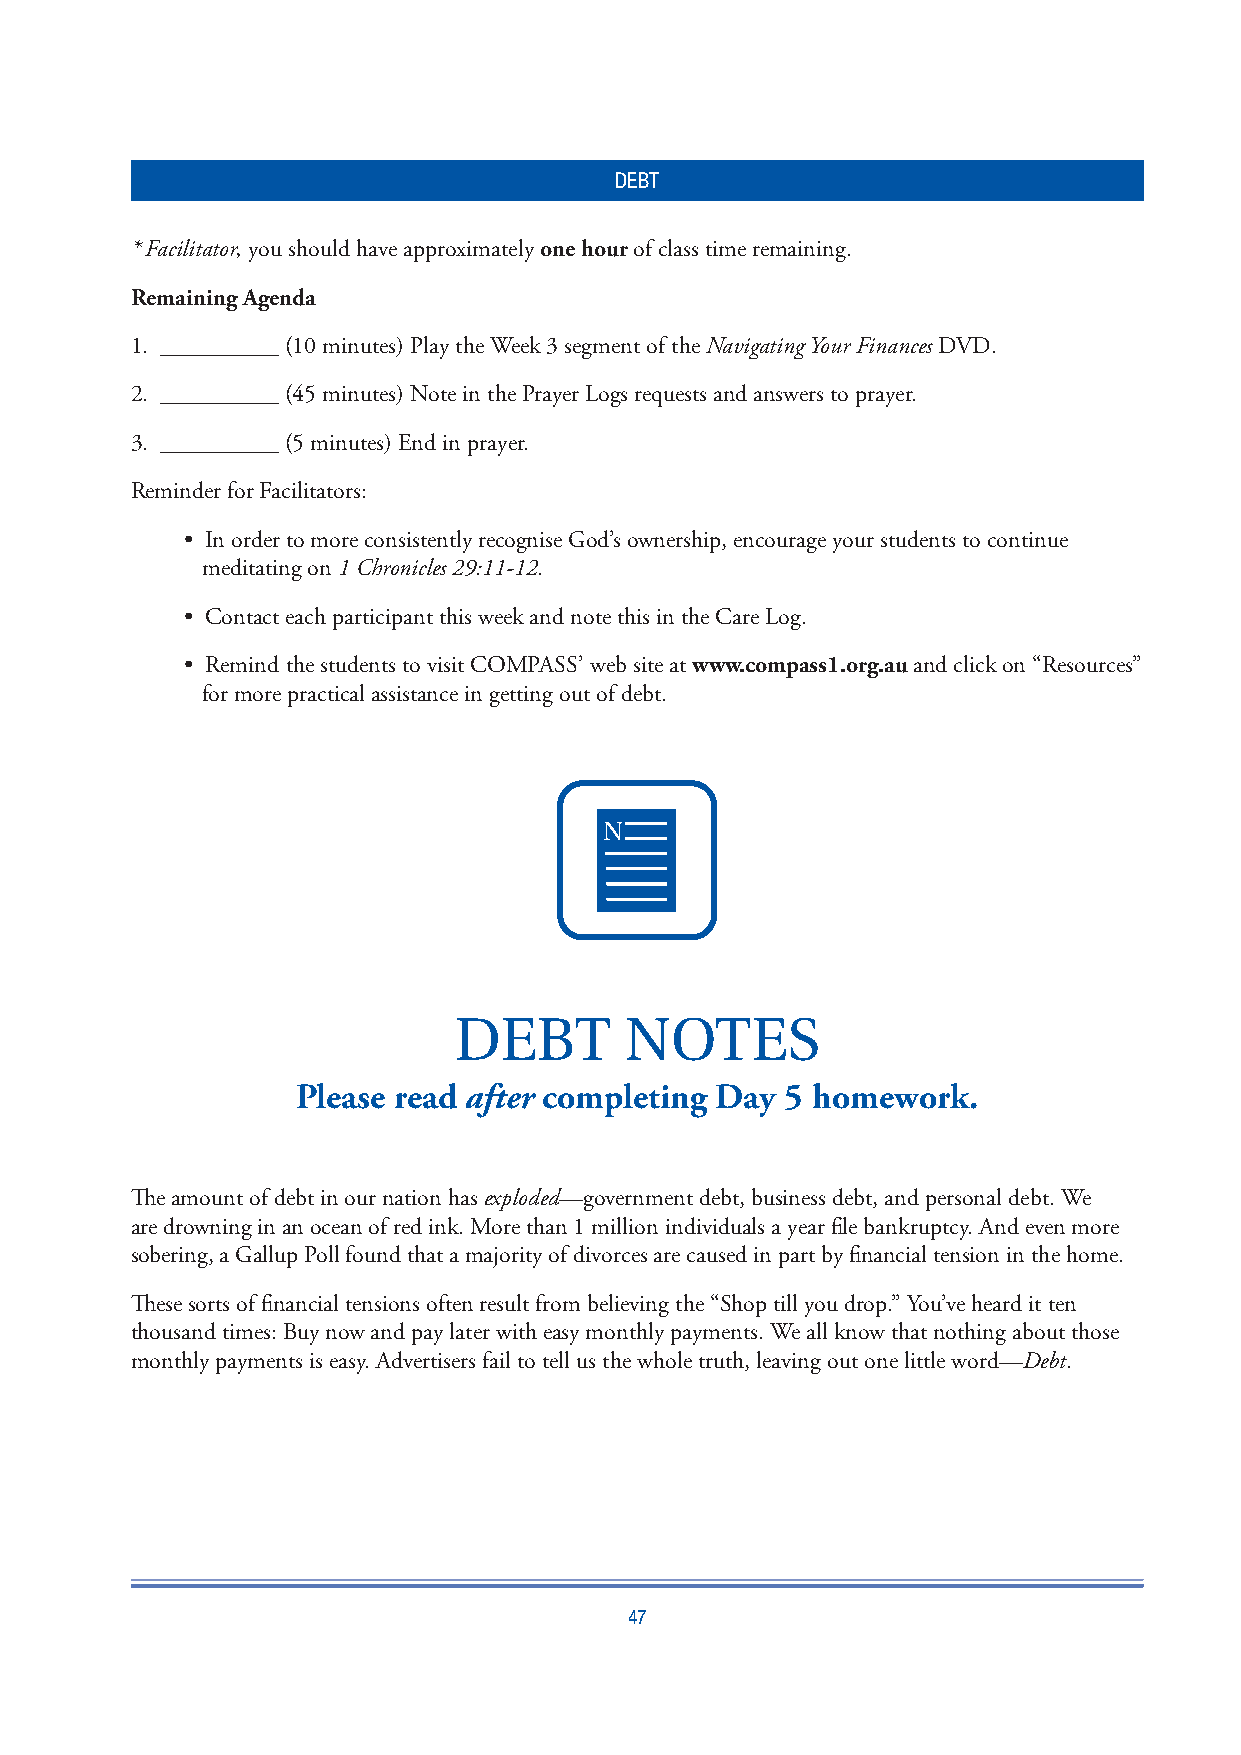
DEBT
 * Facilitator, you should have approximately one hour of class time remaining.
 Remaining Agenda
 1. __________ (10 minutes) Play the Week 3 segment of the Navigating Your Finances DVD.
 2. __________ (45 minutes) Note in the Prayer Logs requests and answers to prayer.
 3. __________ (5 minutes) End in prayer.
 Reminder for Facilitators:
 • In order to more consistently recognise God’s ownership, encourage your students to continue
 meditating on 1 Chronicles 29:11-12.
 • Contact each participant this week and note this in the Care Log.
 • Remind the students to visit COMPASS’ web site at www.compass1.org.au and click on “Resources”
 for more practical assistance in getting out of debt.
 DEBT       NOTES
 Please read after completing Day 5 homework.
 Th e amount of debt in our nation has exploded—government debt, business debt, and personal debt. We
 are drowning in an ocean of red ink. More than 1 million individuals a year fi le bankruptcy. And even more
 sobering, a Gallup Poll found that a majority of divorces are caused in part by fi nancial tension in the home.
 Th ese sorts of fi nancial tensions often result from believing the “Shop till you drop.” You’ve heard it ten
 thousand times: Buy now and pay later with easy monthly payments. We all know that nothing about those
 monthly payments is easy. Advertisers fail to tell us the whole truth, leaving out one little word—Debt.
 47